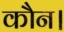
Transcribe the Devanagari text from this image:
कौन।